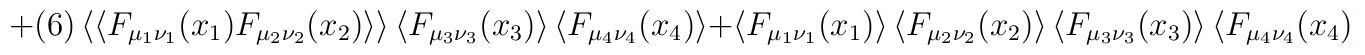
+(6)\left<\left<F_{\mu_1\nu_1}(x_1)F_{\mu_2\nu_2}(x_2)\right>\right>\left<F_{\mu_3\nu_3}(x_3)\right>\left<F_{\mu_4\nu_4}(x_4)\right>+\left<F_{\mu_1\nu_1}(x_1)\right>\left<F_{\mu_2\nu_2}(x_2)\right>\left<F_{\mu_3\nu_3}(x_3)\right>\left<F_{\mu_4\nu_4}(x_4)\right>.